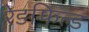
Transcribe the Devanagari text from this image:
रेडफिल्ड